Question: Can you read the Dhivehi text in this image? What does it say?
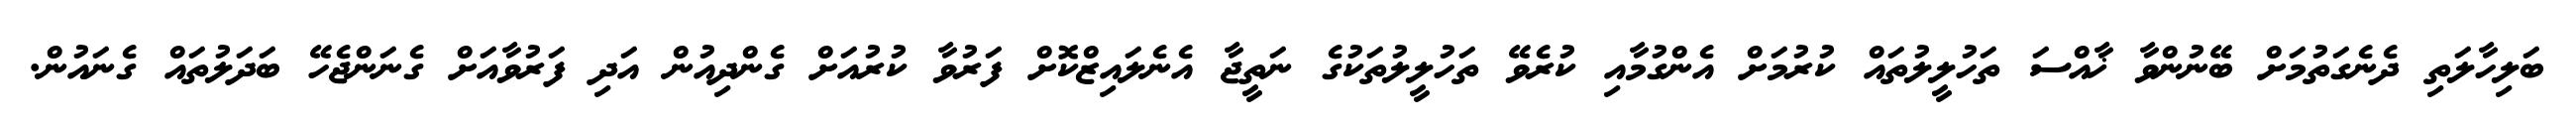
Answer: ބަލިހާލަތި ދެނެގަތުމަށް ބޭނުންވާ ޚާއްސަ ތަހުލީލުތައް ކުރުމަށް އެންގުމާއި ކުރެވޭ ތަހުލީލުތަކުގެ ނަތީޖާ އެނެލައިޒްކޮށް ފަރުވާ ކުރުއަށް ގެންދިއުން އަދި ފަރުވާއަށް ގެނަންޖެހޭ ބަދަލުތައް ގެނައުން.